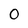
Character: 0